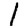
Digit: 1